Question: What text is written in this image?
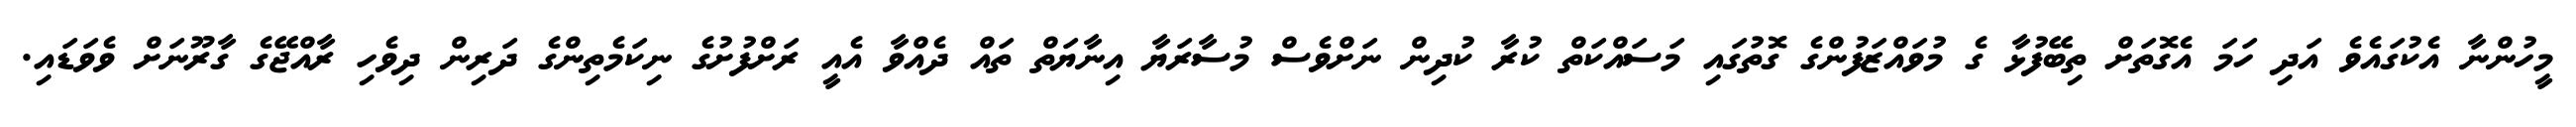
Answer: މީހުންނާ އެކުގައެވެ އަދި ހަމަ އެގޮތަށް ތިބޭފުޅާ ގެ މުވައްޒަފުންގެ ގޮތުގައި މަސައްކަތް ކުރާ ކުދިން ނަށްވެސް މުސާރަޔާ އިނާޔަތް ތައް ދެއްވާ އެއީ ރަށްފުށުގެ ނިކަމެތިންގެ ދަރިން ދިވެހި ރާއްޖޭގެ ގާރޫނަށް ވެވަޑައި.